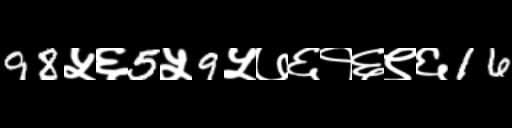
Text: 98५६5५9५७६१६९६16